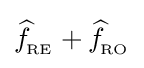
{\widehat {f}}\!_{_{\text{RE}}}+{\widehat {f}}\!_{_{\text{RO}}}